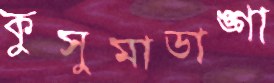
কুসুমাডাঙ্গা